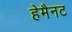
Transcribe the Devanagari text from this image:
हेमैनट